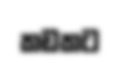
කඩකට